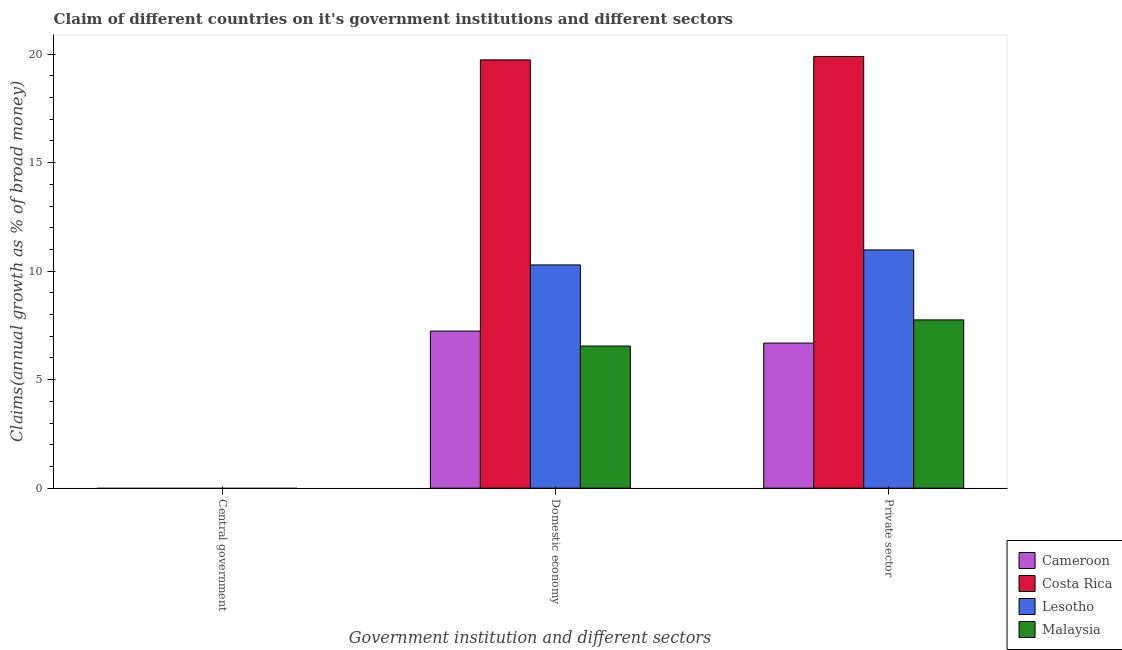
| Government institution and different sectors | Cameroon | Costa Rica | Lesotho | Malaysia |
 | --- | --- | --- | --- | --- |
 | Central government | -8.48 | -2.56 | -8.34 | -0.908 |
 | Domestic economy | 7.24 | 19.7 | 10.3 | 6.55 |
 | Private sector | 6.68 | 19.9 | 11 | 7.75 |